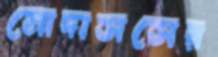
মোদাসসের